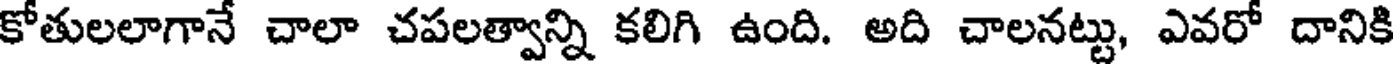
కోతులలాగానే చాలా చపలత్వాన్ని కలిగి ఉంది. అది చాలనట్టు, ఎవరో దానికి